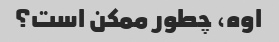
اوه، چطور ممکن است؟